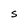
Character: S